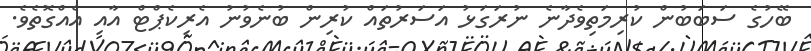
ބޭހުގެ ސަބަބުން ކުރިމަތިވެދާނެ ނުރަގަޅު އަސަރުތައް ކުރިން ބުނެވުނު އެރިކެޕްޓް އާއި އެއްގޮތެވެ.